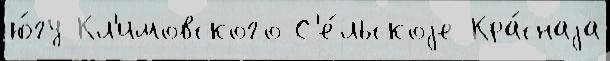
ю́гу Кл'имовского С'е́льскоjе Кра́снаjа